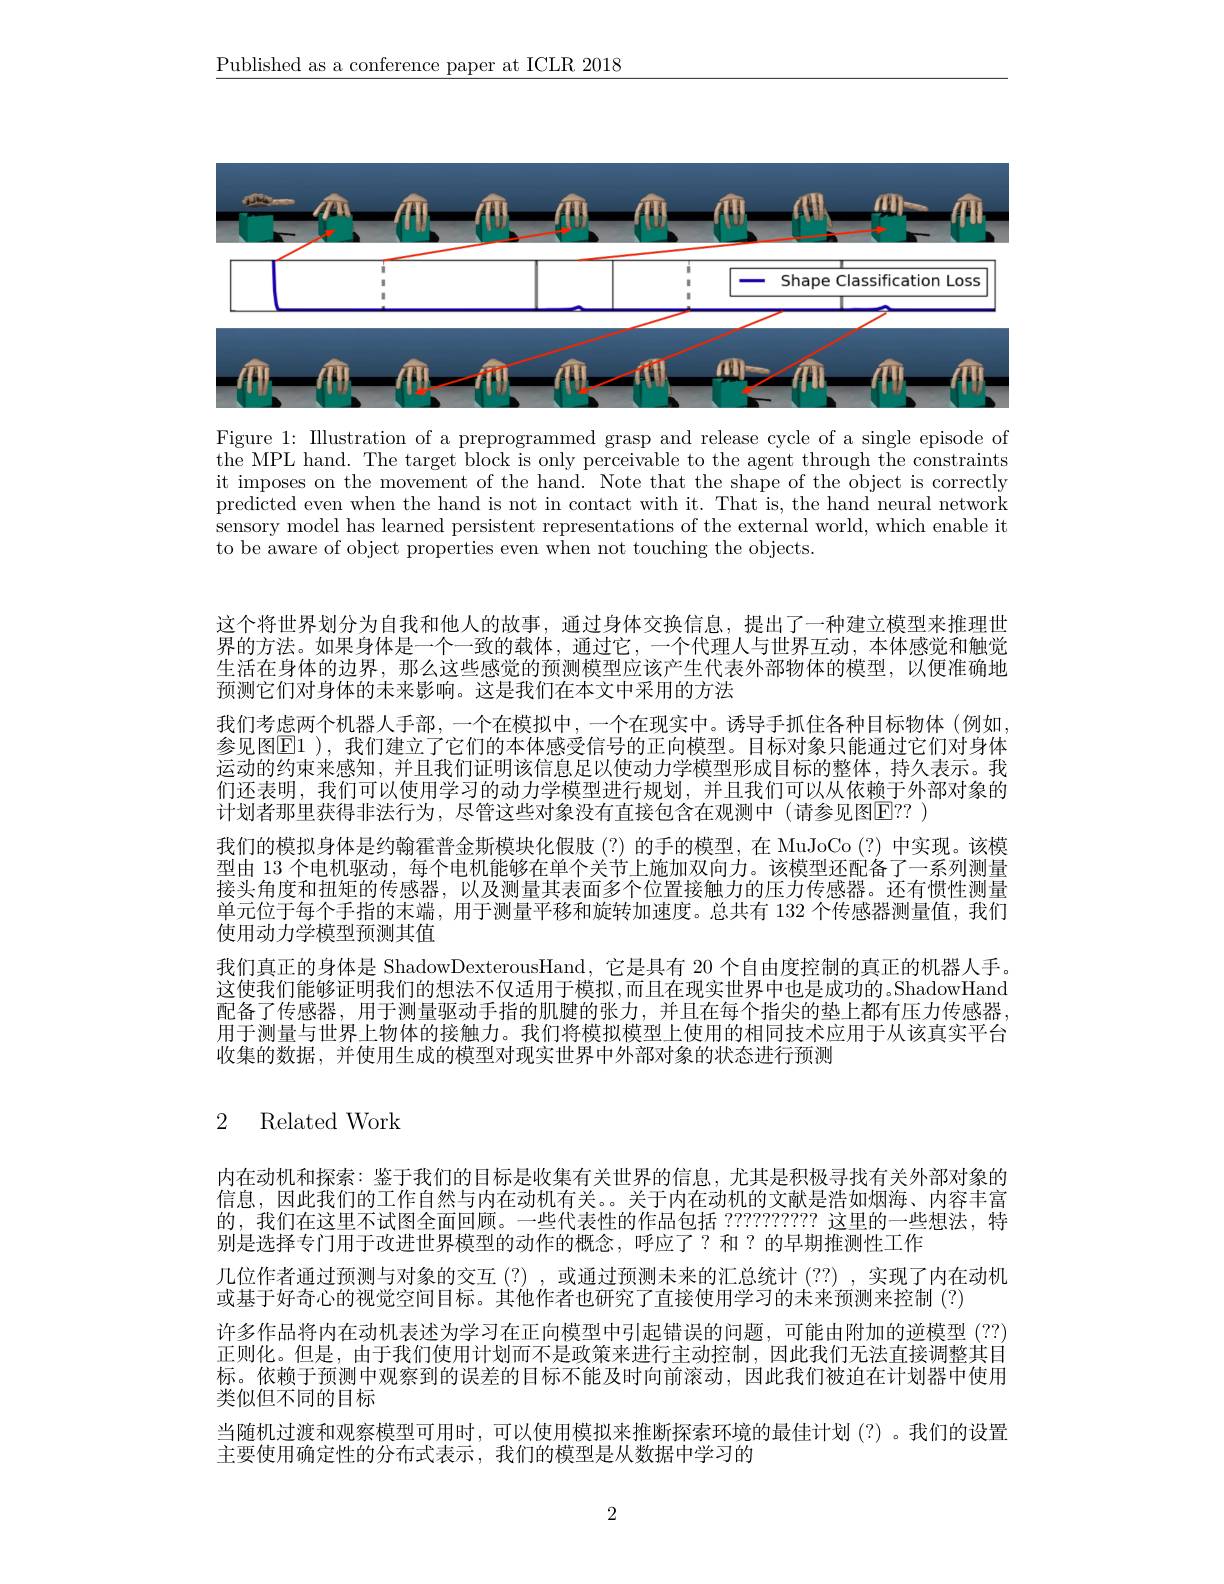
$\underline{\text{Published as a conference paper at ICLR 2018}}$

<FigureHere>

Figure 1: IIlustration of a preprogrammed grasp and release cycle of a single episode of the MPL hand. The target block is only perceivable to the agent through the constraints it imposes on the movement of the hand. Note that the shape of the object is correctly predicted even when the hand is not in contact with it. That is, the hand neural network sensory model has learned persistent representations of the external world, which enable it to be aware of object properties even when not touching the objects.

这个将世界划分为自我和他人的故事，通过身体交换信息，提出了一种建立模型来推理世界的方法。如果身体是一个一致的载体，通过它，一个代理人与世界互动，本体感觉和触觉生活在身体的边界，那么这些感觉的预测模型应该产生代表外部物体的模型，以便准确地预测它们对身体的未来影响。这是我们在本文中采用的方法
我们考虑两个机器人手部，一个在模拟中，一个在现实中。诱导手抓住各种目标物体(例如， 参见图E1 ), 我们建立了它们的本体感受信号的正向模型。目标对象只能通过它们对身体运动的约束来感知，并且我们证明该信息足以使动力学模型形成目标的整体，持久表示。我们还表明，我们可以使用学习的动力学模型进行规划，并且我们可以从依赖于外部对象的计划者那里获得非法行为，尽管这些对象没有直接包含在观测中(请参见图E？? )
我们的模拟身体是约翰霍普金斯模块化假肢(?)的手的模型，在 MuJoCo(?) 中实现。该模型由 13 个电机驱动，每个电机能够在单个关节上施加双向力。该模型还配备了一系列测量接头角度和扭矩的传感器，以及测量其表面多个位置接触力的压力传感器。还有惯性测量单元位于每个手指的末端，用于测量平移和旋转加速度。总共有 132 个传感器测量值，我们使用动力学模型预测其值
我们真正的身体是 ShadowDexterousHand, 它是具有 20 个自由度控制的真正的机器人手。这使我们能够证明我们的想法不仅适用于模拟 ,而且在现实世界中也是成功的。ShadowHand 配备了传感器，用于测量驱动手指的肌腱的张力，并且在每个指尖的垫上都有压力传感器用于测量与世界上物体的接触力。我们将模拟模型上使用的相同技术应用于从该真实平台收集的数据，并使用生成的模型对现实世界中外部对象的状态进行预测

# 2 Related Work

内在动机和探索·鉴于我们的目标是收集有关世界的信息，尤其是积极寻找有关外部对象的信息，因此我们的工作自然与内在动机有关。。关于内在动机的文献是浩如烟海、内容丰富的，我们在这里不试图全面回顾。一些代表性的作品包括 ???????????? 这里的一些想法，特别是选择专门用于改进世界模型的动作的概念，呼应了？和？的早期推测性工作
几位作者通过预测与对象的交互(?) ,或通过预测未来的汇总统计 (??) ,实现了内在动机
或基于好奇心的视觉空间目标。其他作者也研究了直接使用学习的未来预测来控制(?)
许多作品将内在动机表述为学习在正向模型中引起错误的问题，可能由附加的逆模型 (??) 正则化。但是，由于我们使用计划而不是政策来进行主动控制，因此我们无法直接调整其目标。依赖于预测中观察到的误差的目标不能及时向前滚动，因此我们被迫在计划器中使用类似但不同的目标
当随机过渡和观察模型可用时，可以使用模拟来推断探索环境的最佳计划(?)。我们的设置
主要使用确定性的分布式表示，我们的模型是从数据中学习的

2